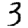
Digit: 3